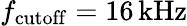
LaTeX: f_{\mathrm{cutoff}}=16\, \mathrm{kHz}